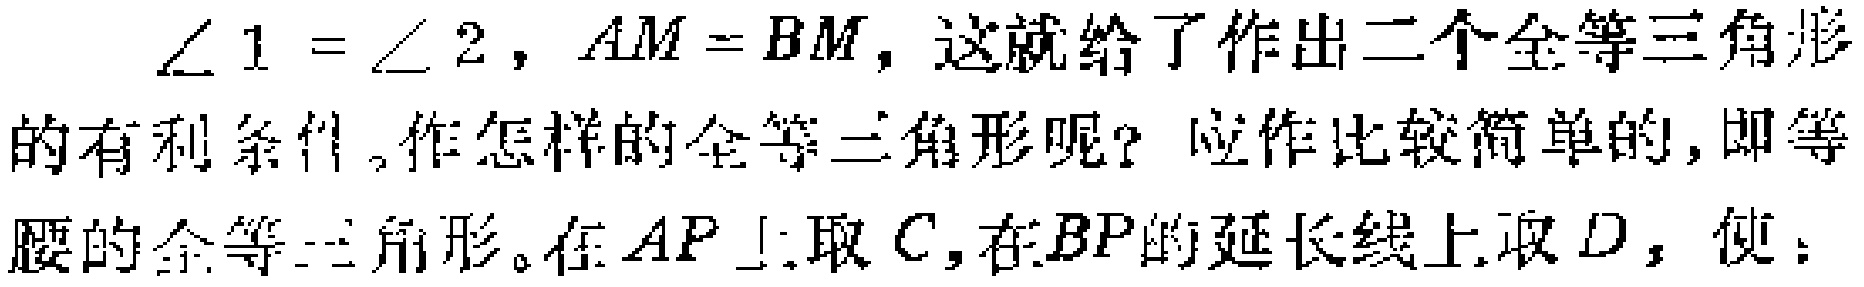
$\angle 1 = \angle 2 , AM = BM , 这就给了作出二个全等三角形的有利条件。作怎样的全等三角形呢？应作比较简单的，即等腰的全等三角形。在AP上取C，在BP的延长线上取D，使：$